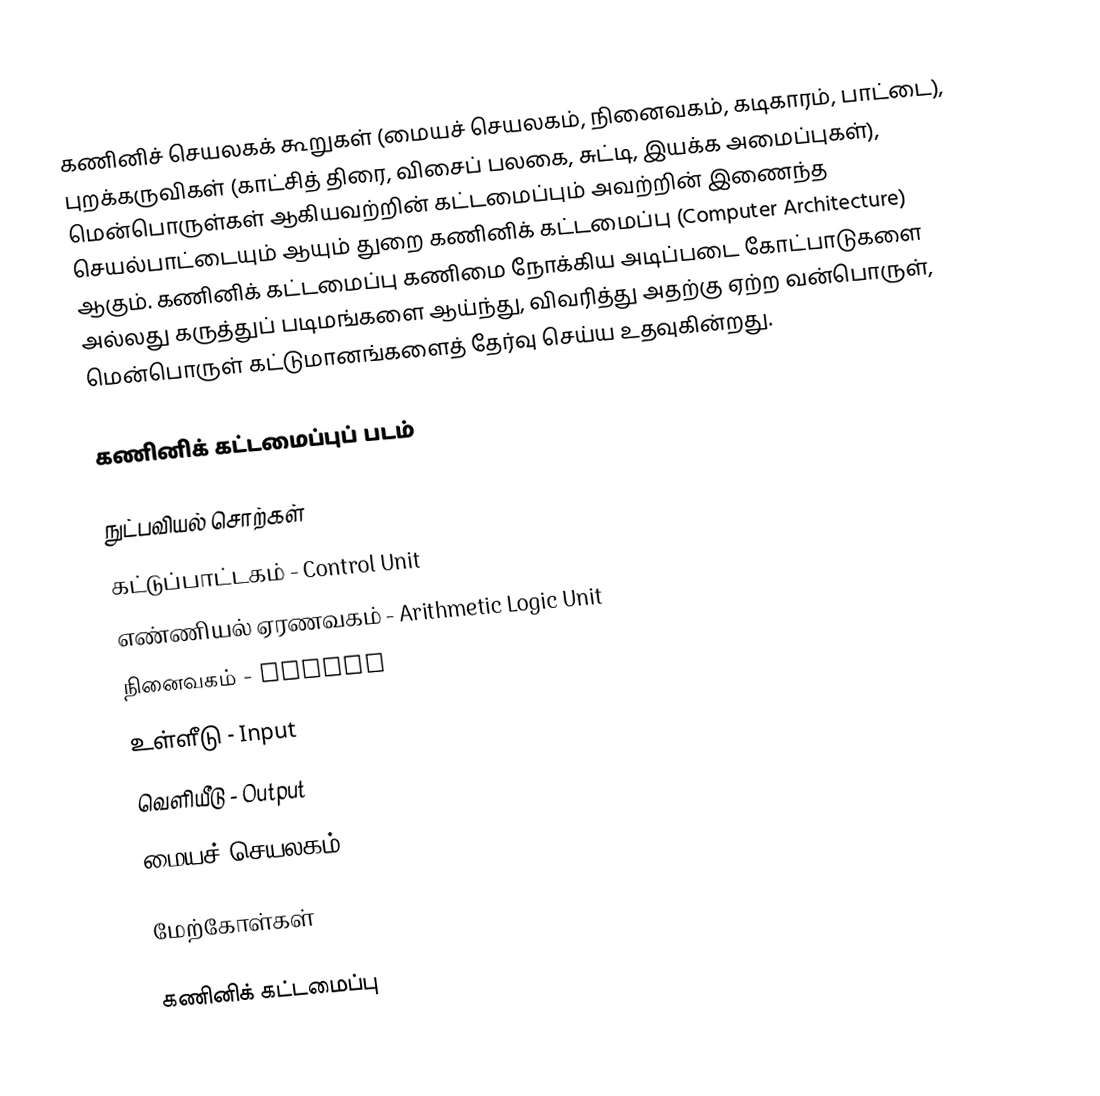
கணினிச் செயலகக் கூறுகள் (மையச் செயலகம், நினைவகம், கடிகாரம், பாட்டை), புறக்கருவிகள் (காட்சித் திரை, விசைப் பலகை, சுட்டி, இயக்க அமைப்புகள்), மென்பொருள்கள் ஆகியவற்றின் கட்டமைப்பும் அவற்றின் இணைந்த செயல்பாட்டையும் ஆயும் துறை கணினிக் கட்டமைப்பு (Computer Architecture) ஆகும். கணினிக் கட்டமைப்பு கணிமை நோக்கிய அடிப்படை கோட்பாடுகளை அல்லது கருத்துப் படிமங்களை ஆய்ந்து, விவரித்து அதற்கு ஏற்ற வன்பொருள், மென்பொருள் கட்டுமானங்களைத் தேர்வு செய்ய உதவுகின்றது.

கணினிக் கட்டமைப்புப் படம்

நுட்பவியல் சொற்கள்
 கட்டுப்பாட்டகம் - Control Unit
 எண்ணியல் ஏரணவகம் - Arithmetic Logic Unit
 நினைவகம் - Memory
 உள்ளீடு - Input
 வெளியீடு - Output
 மையச் செயலகம் - Central Processing Unit

மேற்கோள்கள்

கணினிக் கட்டமைப்பு